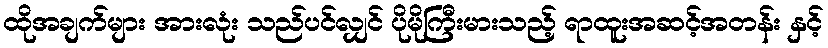
ထိုအချက်များ အားလုံး သည်ပင်လျှင် ပိုမိုကြီးမားသည့် ရာထူးအဆင့်အတန်း နှင့်